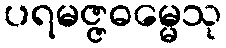
ပရမဇ္ဇဓမ္မေသု